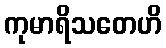
ကုမာရိသတေဟိ